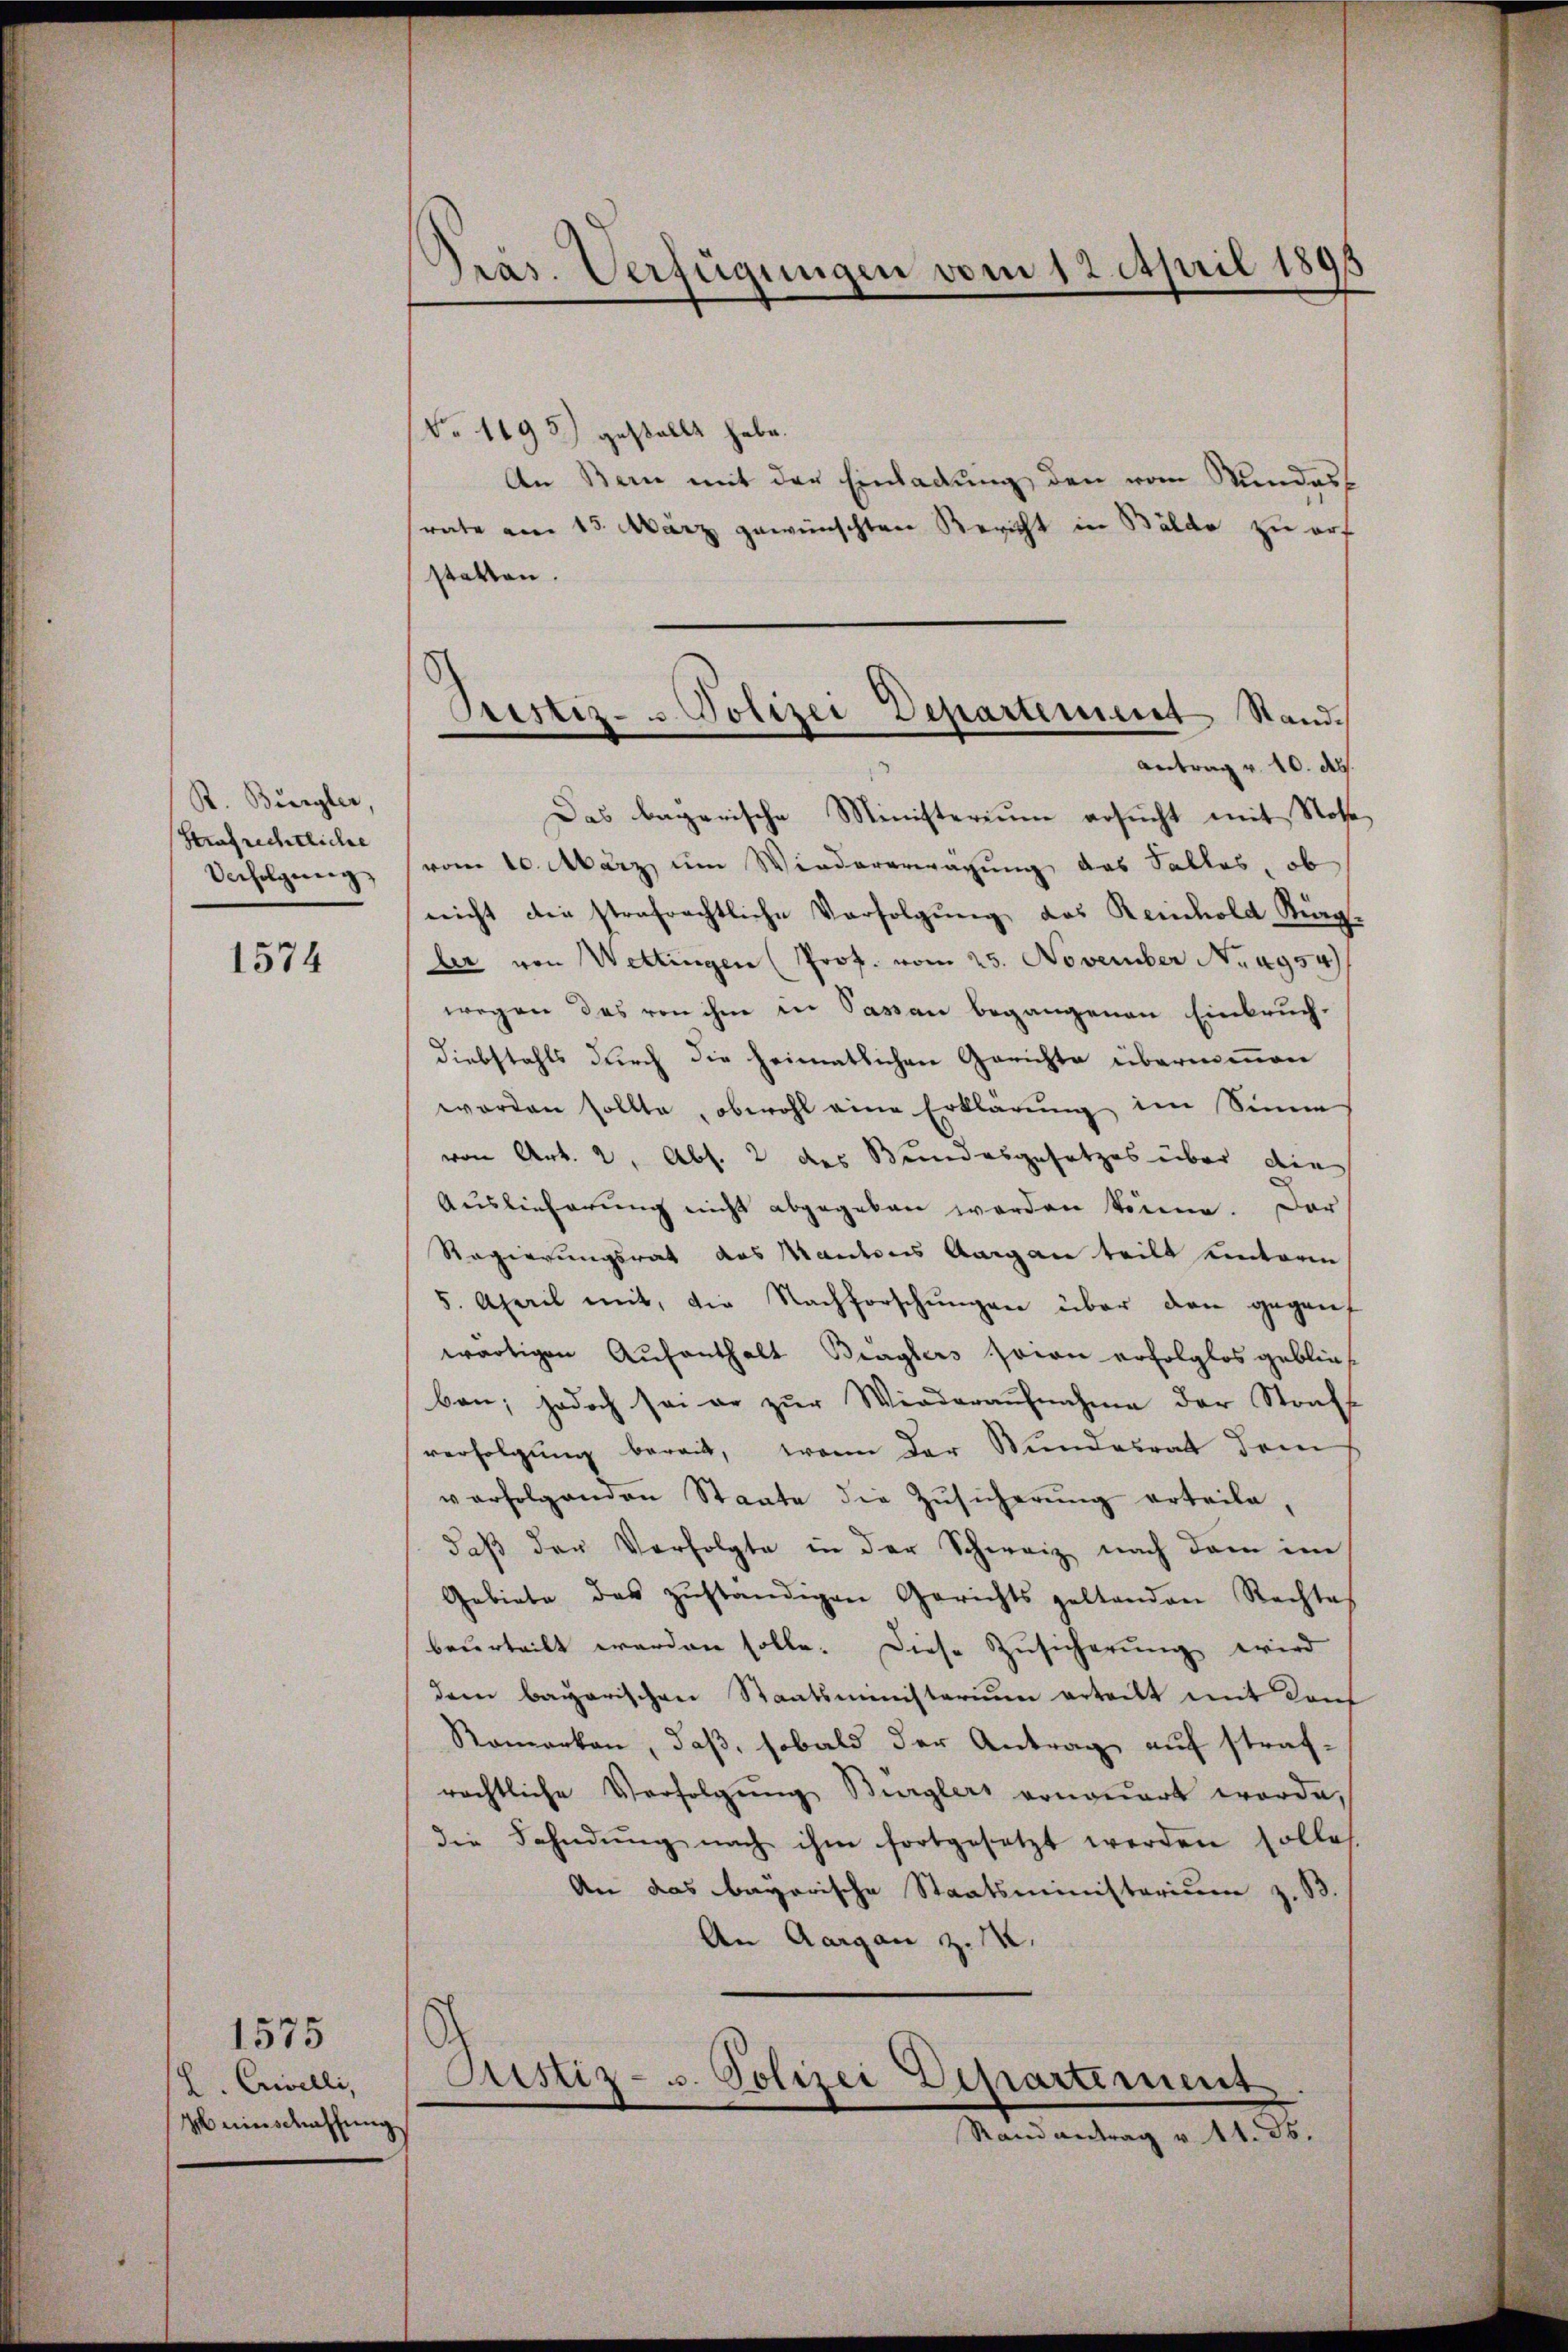
R. Bürgler,
Strafrechtliche
Verfolgung

1574

H. Crivelli,
M einschaffung

1575

Präs. Verfügungen vom 12. April 1898

No 1195) gestellt habe.
An Bern mit der Einladung den vom Stundessrate am 13. März gewünschten Bericht in Bälde zu erf
statten.
Das bagarische Ministerium ersucht mit Rose
vom 10. März, um Wiedererwägung das Salles, ob
nicht die strafrechtliche Verfolgŭng des Reinhold Küng-
ler von Wettingen (Prof. vom 25. November No. 4954
wegen des von ihm in Passau begangenen Einbruch¬
Diebstahls durch die heimatlichen Gerichte übernommen
worden sollte, obwohl eine Erklärung im Sinne
von Art. 2, Abs. 2 des Bundesgesetzes über die
Auslieferung nicht abgegeben worden könne. Der
Regierungsrat das Kantons Aargau teilt einterm
5. April mit, die Nachforschungen über den gegenf
wärtigen Aufenthalt Braglers seien erfolglos geblies
ben; jedoch sei er zŭr Wiederaŭfnahme der Straff
verfolgung bereit, wenn der Bundesrat dem
verfolgenden Staate die Zŭsicherŭng erteile,
daβ der Verfolgte in der Schweiz nach dem im
Gebiete des zŭständigen Gerichts geltenden Rechtes
beurteilt werden solle. Diese Zusicherung wird
dern bayerischen Staatsministerium erteilt mit Konf
Romarken, daß, sobald der Antrag auf strafrechtliche Verfolgŭng Bürglers ernaṅert werde,
die Fahndŭng nach ihm fortgesetzt werden solle.
An das bayerische Staatsministerium z. B.
An Aargau z. 12.
Fristiz- u. Polizei Departement
Rand antrag v. 11. ds.

Prestiz- & Polizei Departement Stand.
antrag v. 10. A.